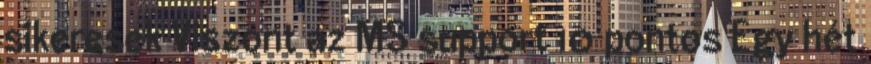
sikeresek Viszont az MS support 10 pontos Egy hét